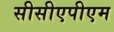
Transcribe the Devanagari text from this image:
सीसीएपीएम